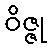
ဝိဇ္ဇု